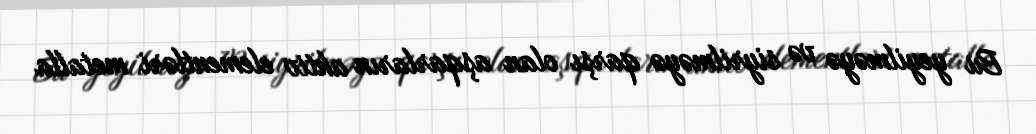
Bu yeyilməyə və siyrilməyə qarşı olan aşqarların aktiv elementləri metalla